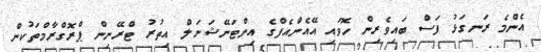
އެންމެ ރަނގަޅު ފަސް ބައިވެރިން ހޮވައި އޭއެންއެފްގެ އިންޓަނޭޝަނަލް އިތުރު ޓްރޭނިން ޕްރޮގްރާމްތަކުން